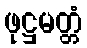
ဖုဋ္ဌမတ္တံ